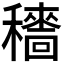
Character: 𥣱